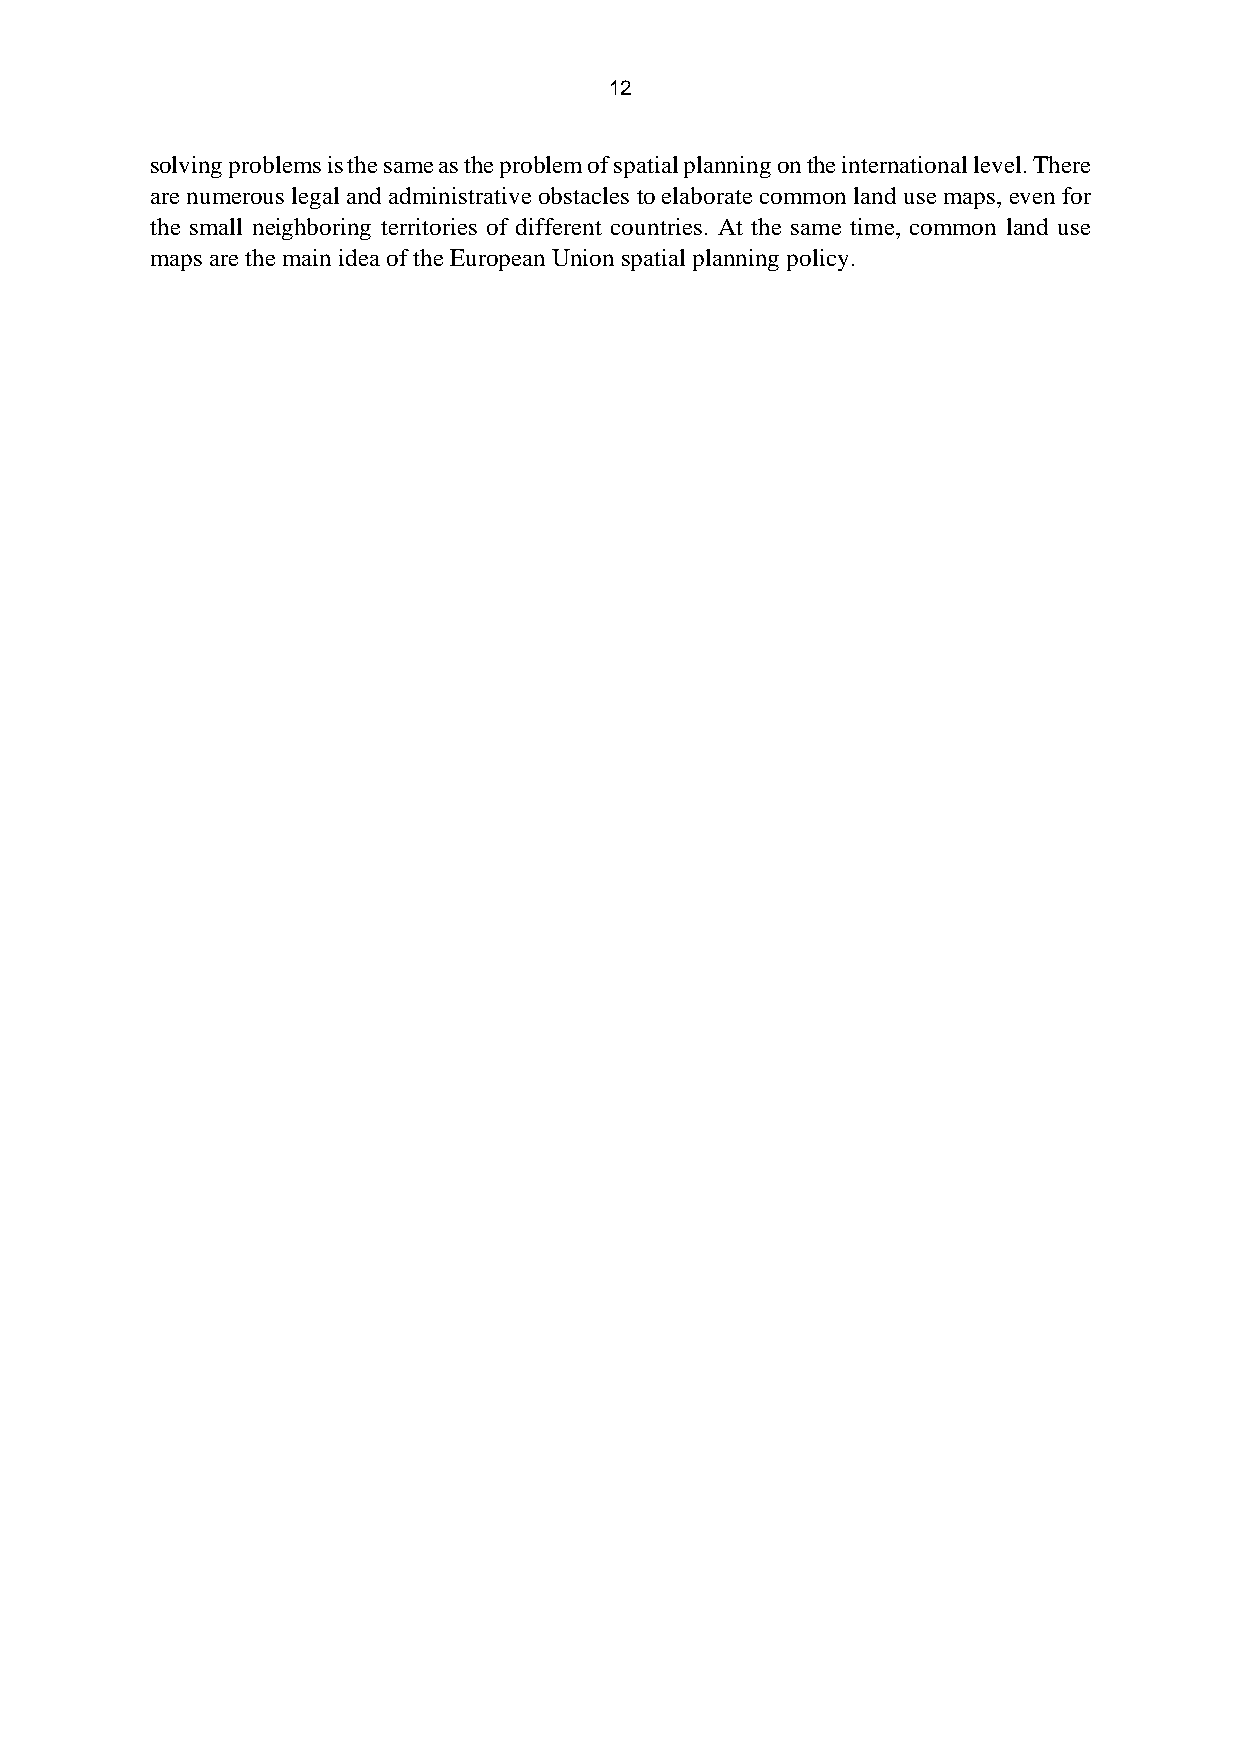
12
 solving problems is the same as the problem of spatial planning on the international level. There
 are numerous legal and administrative obstacles to elaborate common land use maps, even for
 the small neighboring territories of different countries. At the same time, common land use
 maps are the main idea of the European Union spatial planning policy.